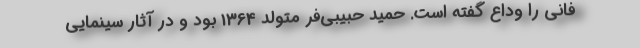
فانی را وداع گفته است. حمید حبیبی‌فر متولد 1364 بود و در آثار سینمایی